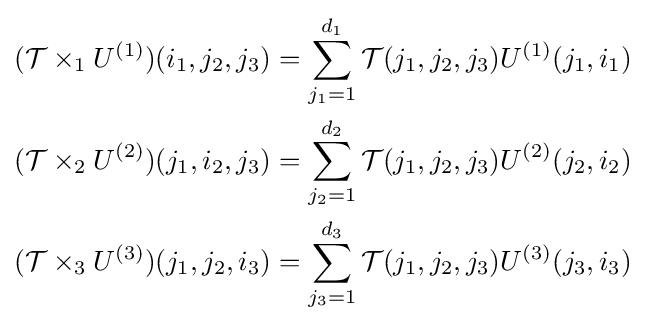
{\begin{aligned}({\mathcal {T}}\times _{1}U^{(1)})(i_{1},j_{2},j_{3})&=\sum _{j_{1}=1}^{d_{1}}{\mathcal {T}}(j_{1},j_{2},j_{3})U^{(1)}(j_{1},i_{1})\\({\mathcal {T}}\times _{2}U^{(2)})(j_{1},i_{2},j_{3})&=\sum _{j_{2}=1}^{d_{2}}{\mathcal {T}}(j_{1},j_{2},j_{3})U^{(2)}(j_{2},i_{2})\\({\mathcal {T}}\times _{3}U^{(3)})(j_{1},j_{2},i_{3})&=\sum _{j_{3}=1}^{d_{3}}{\mathcal {T}}(j_{1},j_{2},j_{3})U^{(3)}(j_{3},i_{3})\end{aligned}}